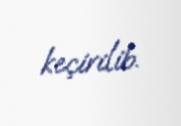
keçirilib.